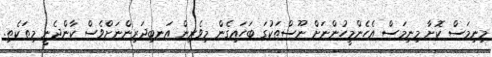
މިނިމަސް ކޮށާ މިނިމަސް އެހެންމީހުންނަށް ނޫސްތަކުގަ ބަހައިގެން މިވެރިން އަނބިދަރިންނަށްވެސް ކާންދެނީ މިތަކެތި.